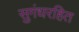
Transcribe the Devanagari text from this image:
सुगंधरहित